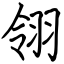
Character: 翎